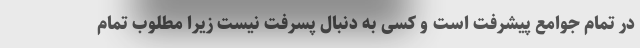
در تمام جوامع پیشرفت است و کسی به دنبال پسرفت نیست زیرا مطلوب تمام